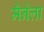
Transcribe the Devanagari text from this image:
मैनेला